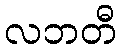
လဘတီ